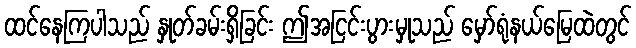
ထင်နေကြပါသည် နှုတ်ခမ်းရှိခြင်း ဤအငြင်းပွားမှုသည် မှော်ရုံနယ်မြေထဲတွင်